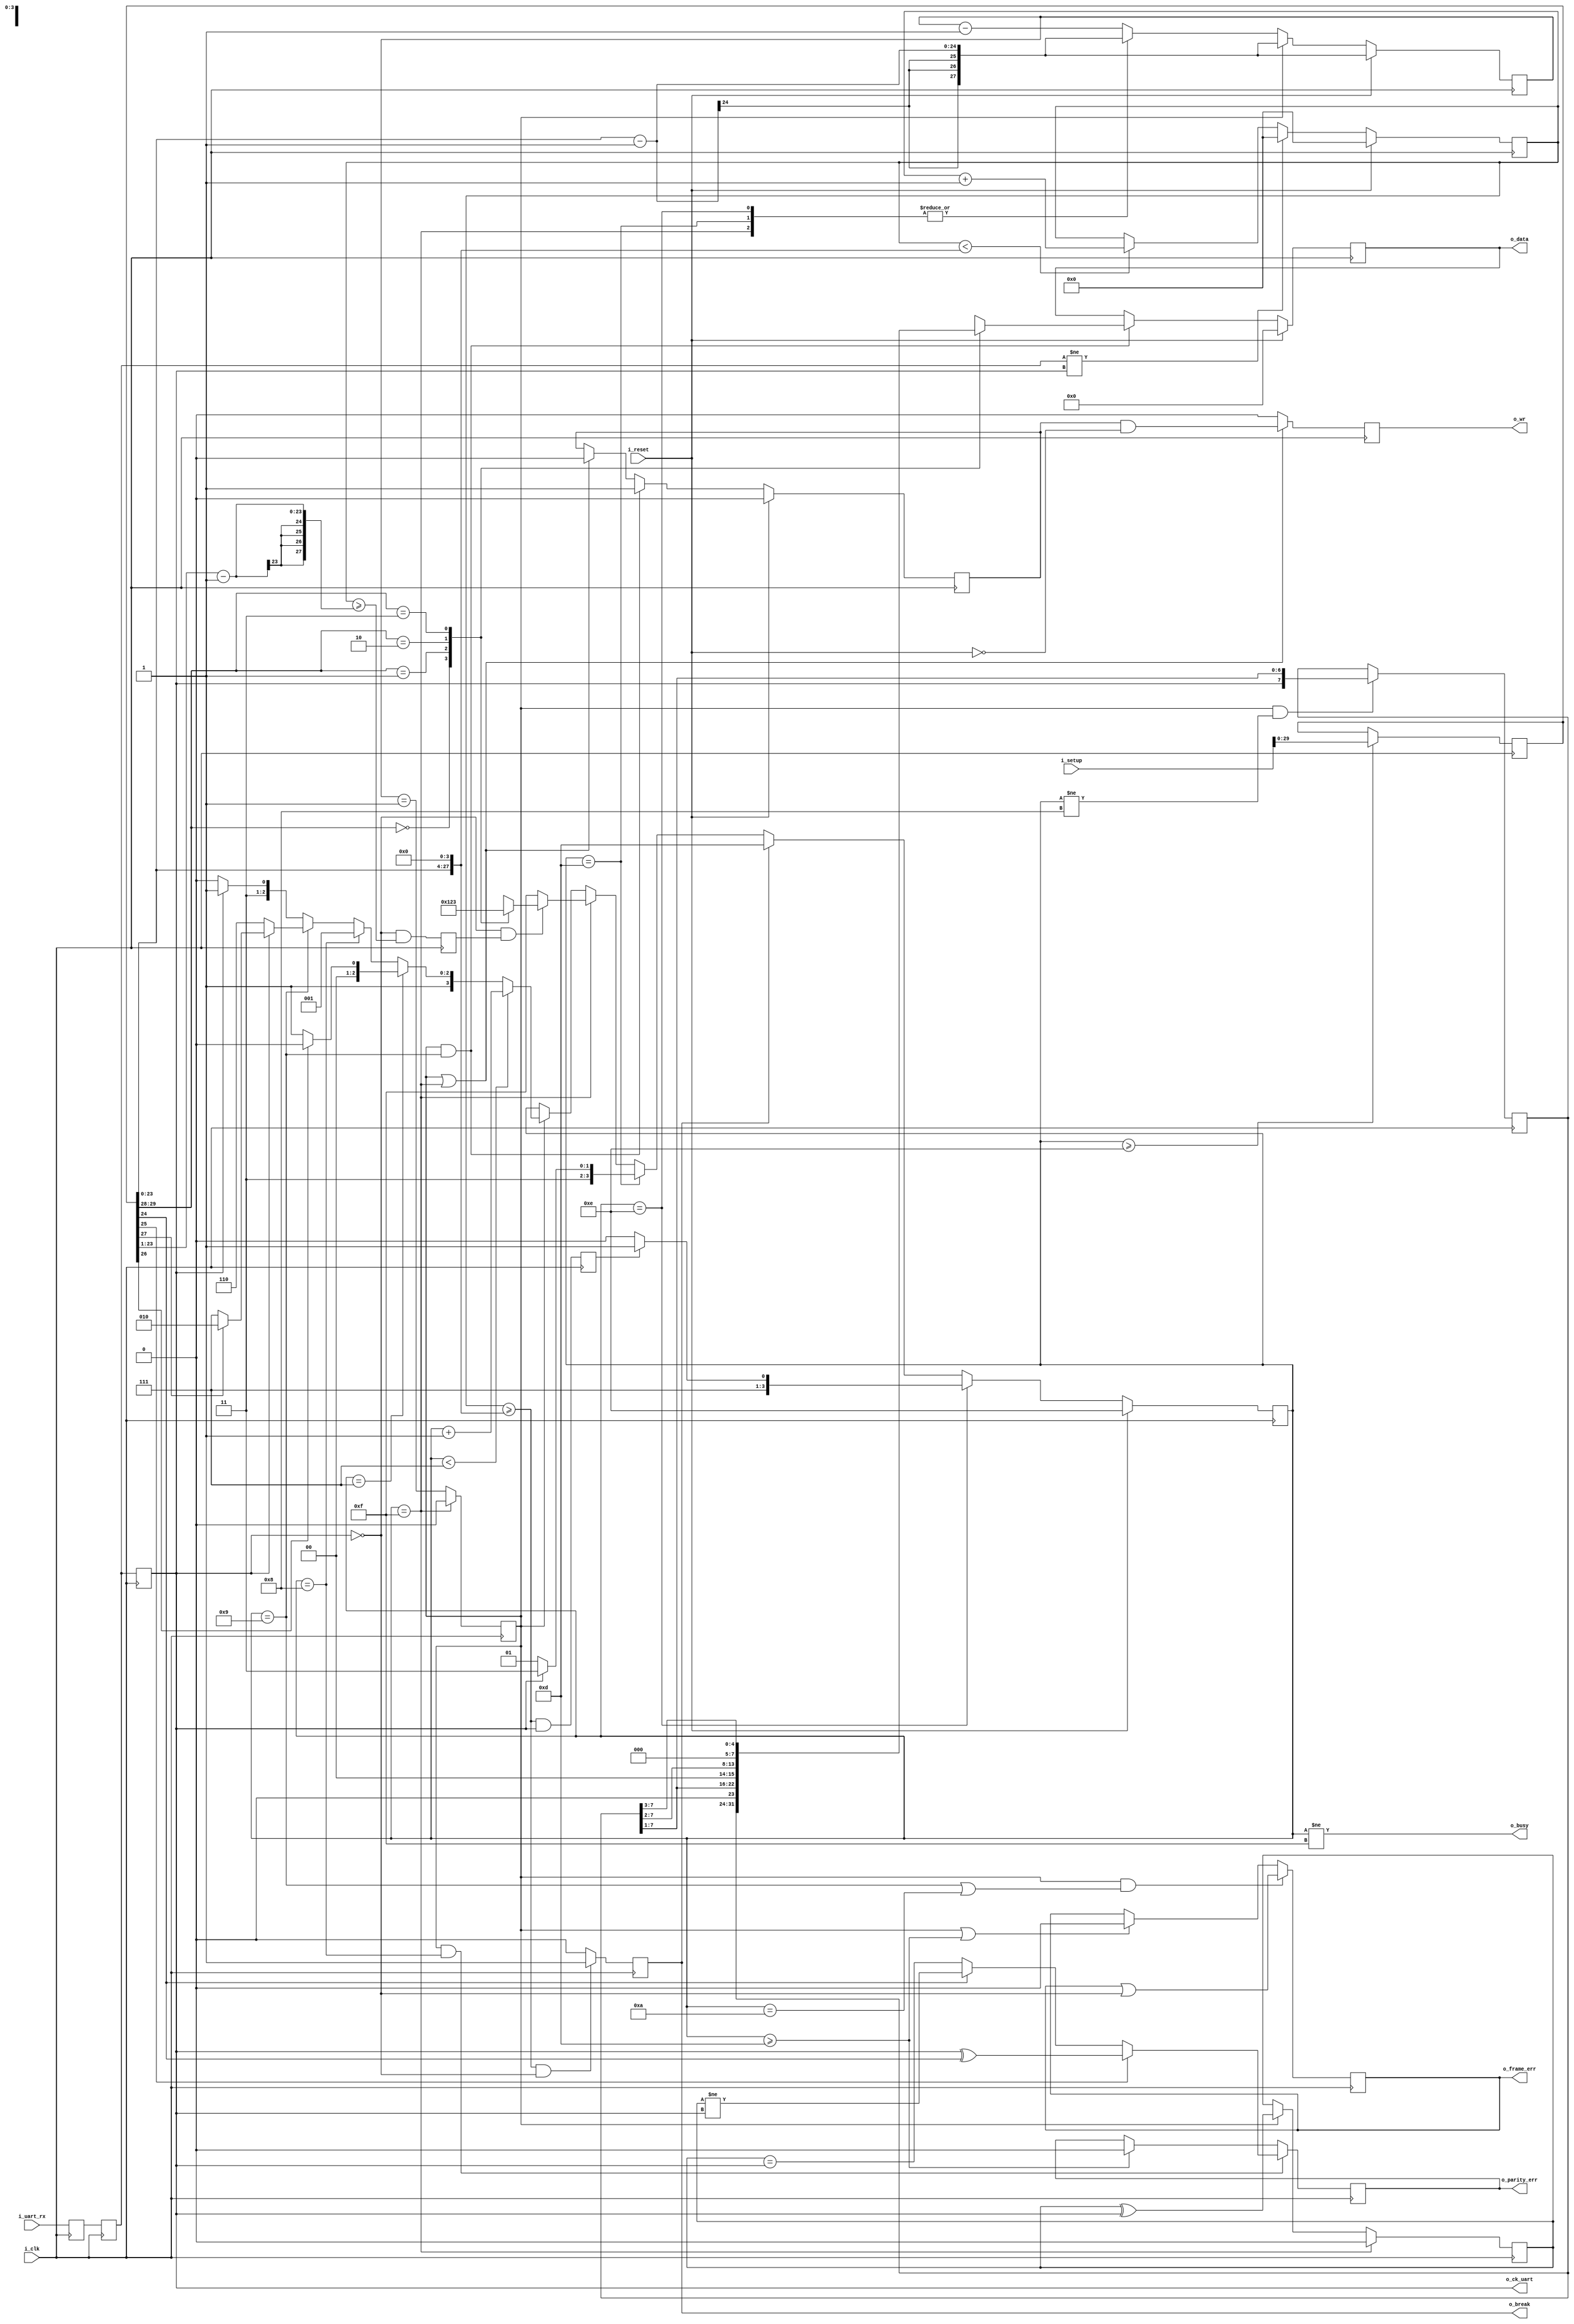
////////////////////////////////////////////////////////////////////////////////
//
//
// Project:    wbuart32, a full featured UART with simulator
//
// Purpose:    Receive and decode inputs from a single UART line.
//
//
//    To interface with this module, connect it to your system clock,
//    pass it the 32 bit setup register (defined below) and the UART
//    input.  When data becomes available, the o_wr line will be asserted
//    for one clock cycle.  On parity or frame errors, the o_parity_err
//    or o_frame_err lines will be asserted.  Likewise, on a break 
//    condition, o_break will be asserted.  These lines are self clearing.
//
//    There is a synchronous reset line, logic high.
//
//    Now for the setup register.  The register is 32 bits, so that this
//    UART may be set up over a 32-bit bus.
//
//    i_setup[30]    True if we are not using hardware flow control.  This bit
//        is ignored within this module, as any receive hardware flow
//        control will need to be implemented elsewhere.
//
//    i_setup[29:28]    Indicates the number of data bits per word.  This will
//        either be 2'b00 for an 8-bit word, 2'b01 for a 7-bit word, 2'b10
//        for a six bit word, or 2'b11 for a five bit word.
//
//    i_setup[27]    Indicates whether or not to use one or two stop bits.
//        Set this to one to expect two stop bits, zero for one.
//
//    i_setup[26]    Indicates whether or not a parity bit exists.  Set this
//        to 1'b1 to include parity.
//
//    i_setup[25]    Indicates whether or not the parity bit is fixed.  Set
//        to 1'b1 to include a fixed bit of parity, 1'b0 to allow the
//        parity to be set based upon data.  (Both assume the parity
//        enable value is set.)
//
//    i_setup[24]    This bit is ignored if parity is not used.  Otherwise,
//        in the case of a fixed parity bit, this bit indicates whether
//        mark (1'b1) or space (1'b0) parity is used.  Likewise if the
//        parity is not fixed, a 1'b1 selects even parity, and 1'b0
//        selects odd.
//
//    i_setup[23:0]    Indicates the speed of the UART in terms of clocks.
//        So, for example, if you have a 200 MHz clock and wish to
//        run your UART at 9600 baud, you would take 200 MHz and divide
//        by 9600 to set this value to 24'd20834.  Likewise if you wished
//        to run this serial port at 115200 baud from a 200 MHz clock,
//        you would set the value to 24'd1736
//
//    Thus, to set the UART for the common setting of an 8-bit word, 
//    one stop bit, no parity, and 115200 baud over a 200 MHz clock, you
//    would want to set the setup value to:
//
//    32'h0006c8        // For 115,200 baud, 8 bit, no parity
//    32'h005161        // For 9600 baud, 8 bit, no parity
//    
//
//
// Creator:    Dan Gisselquist, Ph.D.
//        Gisselquist Technology, LLC
//
////////////////////////////////////////////////////////////////////////////////
//
// Copyright (C) 2015-2019, Gisselquist Technology, LLC
//
// This program is free software (firmware): you can redistribute it and/or
// modify it under the terms of  the GNU General Public License as published
// by the Free Software Foundation, either version 3 of the License, or (at
// your option) any later version.
//
// This program is distributed in the hope that it will be useful, but WITHOUT
// ANY WARRANTY; without even the implied warranty of MERCHANTIBILITY or
// FITNESS FOR A PARTICULAR PURPOSE.  See the GNU General Public License
// for more details.
//
// You should have received a copy of the GNU General Public License along
// with this program.  (It's in the $(ROOT)/doc directory.  Run make with no
// target there if the PDF file isn't present.)  If not, see
// <http://www.gnu.org/licenses/> for a copy.
//
// License:    GPL, v3, as defined and found on www.gnu.org,
//        http://www.gnu.org/licenses/gpl.html
//
//
////////////////////////////////////////////////////////////////////////////////
//
//
`default_nettype    none
//
// States: (@ baud counter == 0)
//    0    First bit arrives
//    ..7    Bits arrive
//    8    Stop bit (x1)
//    9    Stop bit (x2)
//    c    break condition
//    d    Waiting for the channel to go high
//    e    Waiting for the reset to complete
//    f    Idle state
`define    RXU_BIT_ZERO        4'h0
`define    RXU_BIT_ONE        4'h1
`define    RXU_BIT_TWO        4'h2
`define    RXU_BIT_THREE        4'h3
`define    RXU_BIT_FOUR        4'h4
`define    RXU_BIT_FIVE        4'h5
`define    RXU_BIT_SIX        4'h6
`define    RXU_BIT_SEVEN        4'h7
`define    RXU_PARITY        4'h8
`define    RXU_STOP        4'h9
`define    RXU_SECOND_STOP        4'ha
// Unused 4'hb
// Unused 4'hc
`define    RXU_BREAK        4'hd
`define    RXU_RESET_IDLE        4'he
`define    RXU_IDLE        4'hf
 
module rxuart(i_clk, i_reset, i_setup, i_uart_rx, o_wr, o_data, o_busy, o_break,
            o_parity_err, o_frame_err, o_ck_uart);
    parameter [30:0] INITIAL_SETUP = 31'd868;
    // 8 data bits, no parity, (at least 1) stop bit
    input    wire        i_clk, i_reset;
    /* verilator lint_off UNUSED */
    input    wire    [30:0]    i_setup;
    /* verilator lint_on UNUSED */
    input    wire        i_uart_rx;
    output  wire    o_busy;
    output    reg        o_wr;
    output    reg    [7:0]    o_data;
    output    reg        o_break;
    output    reg        o_parity_err, o_frame_err;
    output    wire        o_ck_uart;
 
 
    wire    [27:0]    clocks_per_baud, break_condition, half_baud;
    wire    [1:0]    data_bits;
    wire        use_parity, parity_even, dblstop, fixd_parity;
    reg    [29:0]    r_setup;
    reg    [3:0]    state;
 
    assign    clocks_per_baud = { 4'h0, r_setup[23:0] };
    // assign hw_flow_control = !r_setup[30];
    assign    data_bits   = r_setup[29:28];
    assign    dblstop     = r_setup[27];
    assign    use_parity  = r_setup[26];
    assign    fixd_parity = r_setup[25];
    assign    parity_even = r_setup[24];
    assign    break_condition = { r_setup[23:0], 4'h0 };
    assign    half_baud = { 5'h00, r_setup[23:1] }-28'h1;
    reg    [27:0]    baud_counter;
    reg        zero_baud_counter;
 
 
    assign o_busy = state != `RXU_IDLE;

    // Since this is an asynchronous receiver, we need to register our
    // input a couple of clocks over to avoid any problems with 
    // metastability.  We do that here, and then ignore all but the
    // ck_uart wire.
    reg    q_uart, qq_uart, ck_uart;
    initial    q_uart  = 1'b0;
    initial    qq_uart = 1'b0;
    initial    ck_uart = 1'b0;
    always @(posedge i_clk)
    begin
        q_uart <= i_uart_rx;
        qq_uart <= q_uart;
        ck_uart <= qq_uart;
    end
 
    // In case anyone else wants this clocked, stabilized value, we
    // offer it on our output.
    assign    o_ck_uart = ck_uart;
 
    // Keep track of the number of clocks since the last change.
    //
    // This is used to determine if we are in either a break or an idle
    // condition, as discussed further below.
    reg    [27:0]    chg_counter;
    initial    chg_counter = 28'h00;
    always @(posedge i_clk)
        if (i_reset)
            chg_counter <= 28'h00;
        else if (qq_uart != ck_uart)
            chg_counter <= 28'h00;
        else if (chg_counter < break_condition)
            chg_counter <= chg_counter + 1;
 
    // Are we in a break condition?
    //
    // A break condition exists if the line is held low for longer than
    // a data word.  Hence, we keep track of when the last change occurred.
    // If it was more than break_condition clocks ago, and the current input
    // value is a 0, then we're in a break--and nothing can be read until
    // the line idles again.
	initial	o_break    = 1'b0;
	always @(posedge i_clk)
		o_break <= ((chg_counter >= break_condition)&&(~ck_uart))? 1'b1:1'b0;
 
	// Are we between characters?
	//
	// The opposite of a break condition is where the line is held high
	// for more clocks than would be in a character.  When this happens,
	// we know we have synchronization--otherwise, we might be sampling
	// from within a data word.
	//
	// This logic is used later to hold the RXUART in a reset condition
	// until we know we are between data words.  At that point, we should
	// be able to hold on to our synchronization.
	reg	line_synch;
	initial	line_synch = 1'b0;
	always @(posedge i_clk)
		line_synch <= ((chg_counter >= break_condition)&&(ck_uart));
 
	// Are we in the middle of a baud iterval?  Specifically, are we
	// in the middle of a start bit?  Set this to high if so.  We'll use
	// this within our state machine to transition out of the IDLE
	// state.
	reg	half_baud_time;
	initial	half_baud_time = 0;
	always @(posedge i_clk)
		half_baud_time <= (~ck_uart)&&(chg_counter >= half_baud);
 
 
	// Allow our controlling processor to change our setup at any time
	// outside of receiving/processing a character.
	initial	r_setup     = INITIAL_SETUP[29:0];
	always @(posedge i_clk)
		if (state >= `RXU_RESET_IDLE)
			r_setup <= i_setup[29:0];
 
 
	// Our monster state machine.  YIKES!
	//
	// Yeah, this may be more complicated than it needs to be.  The basic
	// progression is:
	//	RESET -> RESET_IDLE -> (when line is idle) -> IDLE
	//	IDLE -> bit 0 -> bit 1 -> bit_{ndatabits} -> 
	//		(optional) PARITY -> STOP -> (optional) SECOND_STOP
	//		-> IDLE
	//	ANY -> (on break) BREAK -> IDLE
	//
	// There are 16 states, although all are not used.  These are listed
	// at the top of this file.
	//
	//	Logic inputs (12):	(I've tried to minimize this number)
	//		state	(4)
	//		i_reset
	//		line_synch
	//		o_break
	//		ckuart
	//		half_baud_time
	//		zero_baud_counter
	//		use_parity
	//		dblstop
	//	Logic outputs (4):
	//		state
	//
	initial	state = `RXU_RESET_IDLE;
	always @(posedge i_clk)
	begin
		if (i_reset)
			state <= `RXU_RESET_IDLE;
		else if (state == `RXU_RESET_IDLE)
		begin
			if (line_synch)
				// Goto idle state from a reset
				state <= `RXU_IDLE;
			else // Otherwise, stay in this condition 'til reset
				state <= `RXU_RESET_IDLE;
		end else if (o_break)
		begin // We are in a break condition
			state <= `RXU_BREAK;
		end else if (state == `RXU_BREAK)
		begin // Goto idle state following return ck_uart going high
			if (ck_uart)
				state <= `RXU_IDLE;
			else
				state <= `RXU_BREAK;
		end else if (state == `RXU_IDLE)
		begin // Idle state, independent of baud counter
			if ((~ck_uart)&&(half_baud_time))
			begin
				// We are in the center of a valid start bit
				case (data_bits)
				2'b00: state <= `RXU_BIT_ZERO;
				2'b01: state <= `RXU_BIT_ONE;
				2'b10: state <= `RXU_BIT_TWO;
				2'b11: state <= `RXU_BIT_THREE;
				endcase
			end else // Otherwise, just stay here in idle
				state <= `RXU_IDLE;
		end else if (zero_baud_counter)
		begin
			if (state < `RXU_BIT_SEVEN)
				// Data arrives least significant bit first.
				// By the time this is clocked in, it's what
				// you'll have.
				state <= state + 1;
			else if (state == `RXU_BIT_SEVEN)
				state <= (use_parity) ? `RXU_PARITY:`RXU_STOP;
			else if (state == `RXU_PARITY)
				state <= `RXU_STOP;
			else if (state == `RXU_STOP)
			begin // Stop (or parity) bit(s)
				if (~ck_uart) // On frame error, wait 4 ch idle
					state <= `RXU_RESET_IDLE;
				else if (dblstop)
					state <= `RXU_SECOND_STOP;
				else
					state <= `RXU_IDLE;
			end else // state must equal RX_SECOND_STOP
			begin
				if (~ck_uart) // On frame error, wait 4 ch idle
					state <= `RXU_RESET_IDLE;
				else
					state <= `RXU_IDLE;
			end
		end
	end
 
	// Data bit capture logic.
	//
	// This is drastically simplified from the state machine above, based
	// upon: 1) it doesn't matter what it is until the end of a captured
	// byte, and 2) the data register will flush itself of any invalid
	// data in all other cases.  Hence, let's keep it real simple.
	// The only trick, though, is that if we have parity, then the data
	// register needs to be held through that state without getting
	// updated.
	reg	[7:0]	data_reg;
	always @(posedge i_clk)
		if ((zero_baud_counter)&&(state != `RXU_PARITY))
			data_reg <= { ck_uart, data_reg[7:1] };
 
	// Parity calculation logic
	//
	// As with the data capture logic, all that must be known about this
	// bit is that it is the exclusive-OR of all bits prior.  The first
	// of those will follow idle, so we set ourselves to zero on idle.
	// Then, as we walk through the states of a bit, all will adjust this
	// value up until the parity bit, where the value will be read.  Setting
	// it then or after will be irrelevant, so ... this should be good
	// and simplified.  Note--we don't need to adjust this on reset either,
	// since the reset state will lead to the idle state where we'll be
	// reset before any transmission takes place.
	reg		calc_parity;
	always @(posedge i_clk)
		if (state == `RXU_IDLE)
			calc_parity <= 0;
		else if (zero_baud_counter)
			calc_parity <= calc_parity ^ ck_uart;
 
	// Parity error logic
	//
	// Set during the parity bit interval, read during the last stop bit
	// interval, cleared on BREAK, RESET_IDLE, or IDLE states.
	initial	o_parity_err = 1'b0;
	always @(posedge i_clk)
		if ((zero_baud_counter)&&(state == `RXU_PARITY))
		begin
			if (fixd_parity)
				// Fixed parity bit--independent of any dat
				// value.
				o_parity_err <= (ck_uart ^ parity_even);
			else if (parity_even)
				// Parity even: The XOR of all bits including
				// the parity bit must be zero.
				o_parity_err <= (calc_parity != ck_uart);
			else
				// Parity odd: the parity bit must equal the
				// XOR of all the data bits.
				o_parity_err <= (calc_parity == ck_uart);
		end else if (state >= `RXU_BREAK)
			o_parity_err <= 1'b0;
 
	// Frame error determination
	//
	// For the purpose of this controller, a frame error is defined as a
	// stop bit (or second stop bit, if so enabled) not being high midway
	// through the stop baud interval.   The frame error value is
	// immediately read, so we can clear it under all other circumstances.
	// Specifically, we want it clear in RXU_BREAK, RXU_RESET_IDLE, and
	// most importantly in RXU_IDLE.
	initial	o_frame_err  = 1'b0;
	always @(posedge i_clk)
		if ((zero_baud_counter)&&((state == `RXU_STOP)
						||(state == `RXU_SECOND_STOP)))
			o_frame_err <= (o_frame_err)||(~ck_uart);
		else if ((zero_baud_counter)||(state >= `RXU_BREAK))
			o_frame_err <= 1'b0;
 
	// Our data bit logic doesn't need nearly the complexity of all that
	// work above.  Indeed, we only need to know if we are at the end of
	// a stop bit, in which case we copy the data_reg into our output
	// data register, o_data.
	//
	// We would also set o_wr to be true when this is the case, but ... we
	// won't know if there is a frame error on the second stop bit for 
	// another baud interval yet.  So, instead, we set up the logic so that
	// we know on the next zero baud counter that we can write out.  That's
	// the purpose of pre_wr.
	initial	o_data = 8'h00;
	reg	pre_wr;
	initial	pre_wr = 1'b0;
	always @(posedge i_clk)
		if (i_reset)
		begin
			pre_wr <= 1'b0;
			o_data <= 8'h00;
		end else if ((zero_baud_counter)&&(state == `RXU_STOP))
		begin
			pre_wr <= 1'b1;
			case (data_bits)
			2'b00: o_data <= data_reg;
			2'b01: o_data <= { 1'b0, data_reg[7:1] };
			2'b10: o_data <= { 2'b0, data_reg[7:2] };
			2'b11: o_data <= { 3'b0, data_reg[7:3] };
			endcase
		end else if ((zero_baud_counter)||(state == `RXU_IDLE))
			pre_wr <= 1'b0;
 
	// Create an output strobe, true for one clock only, once we know
	// all we need to know.  o_data will be set on the last baud interval,
	// o_parity_err on the last parity baud interval (if it existed,
	// cleared otherwise, so ... we should be good to go here.)
	initial	o_wr   = 1'b0;
	always @(posedge i_clk)
		if ((zero_baud_counter)||(state == `RXU_IDLE))
			o_wr <= (pre_wr)&&(!i_reset);
		else
			o_wr <= 1'b0;
 
	// The baud counter
	//
	// This is used as a "clock divider" if you will, but the clock needs
	// to be reset before any byte can be decoded.  In all other respects,
	// we set ourselves up for clocks_per_baud counts between baud
	// intervals.
	always @(posedge i_clk)
		if (i_reset)
			baud_counter <= clocks_per_baud-28'h01;
		else if (zero_baud_counter)
			baud_counter <= clocks_per_baud-28'h01;
		else case(state)
			`RXU_RESET_IDLE:baud_counter <= clocks_per_baud-28'h01;
			`RXU_BREAK:	baud_counter <= clocks_per_baud-28'h01;
			`RXU_IDLE:	baud_counter <= clocks_per_baud-28'h01;
			default:	baud_counter <= baud_counter-28'h01;
		endcase
 
	// zero_baud_counter
	//
	// Rather than testing whether or not (baud_counter == 0) within our
	// (already too complicated) state transition tables, we use
	// zero_baud_counter to pre-charge that test on the clock
	// before--cleaning up some otherwise difficult timing dependencies.
	initial	zero_baud_counter = 1'b0;
	always @(posedge i_clk)
		if (state == `RXU_IDLE)
			zero_baud_counter <= 1'b0;
		else
		zero_baud_counter <= (baud_counter == 28'h01);
 
 
endmodule